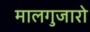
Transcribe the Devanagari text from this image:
मालगुजारो